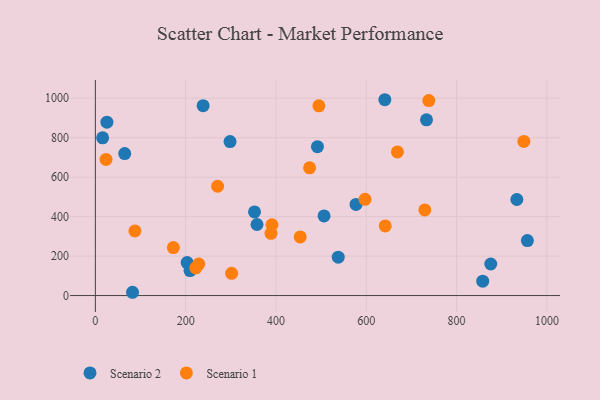
{"axis": {"x": "Ad Spend", "y": "Yield"}, "legend": ["Scenario 1", "Scenario 2"], "data": [{"x": "25.6", "y": 878.6, "type": "Scenario 2"}, {"x": "358.0", "y": 360.0, "type": "Scenario 2"}, {"x": "238.7", "y": 962.4, "type": "Scenario 2"}, {"x": "537.9", "y": 194.3, "type": "Scenario 2"}, {"x": "298.3", "y": 780.5, "type": "Scenario 2"}, {"x": "641.1", "y": 992.4, "type": "Scenario 2"}, {"x": "65.0", "y": 719.5, "type": "Scenario 2"}, {"x": "857.9", "y": 72.6, "type": "Scenario 2"}, {"x": "203.3", "y": 167.1, "type": "Scenario 2"}, {"x": "933.5", "y": 486.8, "type": "Scenario 2"}, {"x": "209.6", "y": 126.6, "type": "Scenario 2"}, {"x": "577.3", "y": 461.6, "type": "Scenario 2"}, {"x": "956.8", "y": 278.4, "type": "Scenario 2"}, {"x": "491.9", "y": 754.4, "type": "Scenario 2"}, {"x": "352.5", "y": 424.0, "type": "Scenario 2"}, {"x": "733.4", "y": 890.3, "type": "Scenario 2"}, {"x": "875.7", "y": 159.9, "type": "Scenario 2"}, {"x": "506.5", "y": 403.3, "type": "Scenario 2"}, {"x": "82.3", "y": 16.6, "type": "Scenario 2"}, {"x": "16.1", "y": 799.1, "type": "Scenario 2"}, {"x": "474.5", "y": 647.1, "type": "Scenario 1"}, {"x": "389.0", "y": 315.4, "type": "Scenario 1"}, {"x": "949.0", "y": 781.0, "type": "Scenario 1"}, {"x": "729.7", "y": 434.0, "type": "Scenario 1"}, {"x": "738.5", "y": 987.9, "type": "Scenario 1"}, {"x": "87.6", "y": 327.6, "type": "Scenario 1"}, {"x": "495.0", "y": 961.5, "type": "Scenario 1"}, {"x": "669.0", "y": 728.0, "type": "Scenario 1"}, {"x": "391.1", "y": 358.8, "type": "Scenario 1"}, {"x": "172.8", "y": 243.3, "type": "Scenario 1"}, {"x": "229.0", "y": 159.6, "type": "Scenario 1"}, {"x": "597.3", "y": 487.9, "type": "Scenario 1"}, {"x": "642.0", "y": 352.7, "type": "Scenario 1"}, {"x": "301.8", "y": 112.5, "type": "Scenario 1"}, {"x": "23.6", "y": 690.1, "type": "Scenario 1"}, {"x": "270.8", "y": 553.9, "type": "Scenario 1"}, {"x": "222.4", "y": 140.1, "type": "Scenario 1"}, {"x": "453.7", "y": 297.2, "type": "Scenario 1"}]}